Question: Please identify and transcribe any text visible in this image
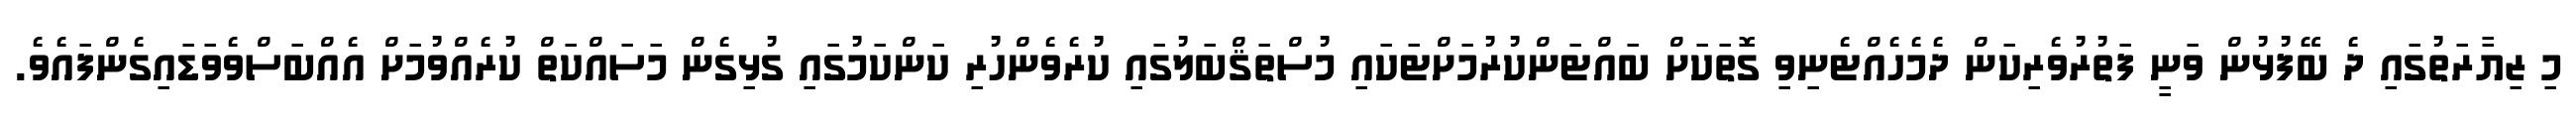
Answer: މި ޒިޔާރަތުގައި ދެ ބޭފުޅުން ވަނީ ފަތުރުވެރިކަން ދެމެހެއްޓެނިވި ގޮތަކަށް ބައްޓަންކުރުމަށްޓަކައި މުސްތަޤްބަލުގައި ކުރެވެންހުރި ކަންކަމުގައި ގުޅިގެން މަސައްކަތް ކުރެއްވުމަށް އެއްބަސްވެވަޑައިގެންފައެވެ.